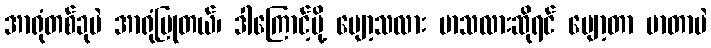
အာရုံတစ်ခုပဲ အာရုံပြုတယ်၊ ဒါကြောင့်မို့ ပျော့သလား မာသလားဆိုရင် ပျော့တာ မာတာပဲ